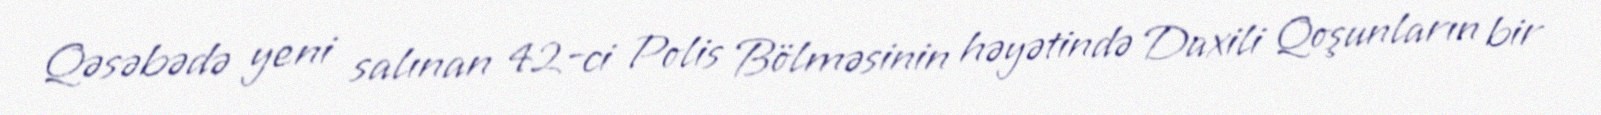
Qəsəbədə yeni salınan 42-ci Polis Bölməsinin həyətində Daxili Qoşunların bir